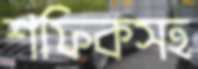
শফিকসহ